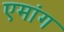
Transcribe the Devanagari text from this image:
एमांग